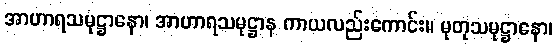
အာဟာရသမုဋ္ဌာနော၊ အာဟာရသမုဋ္ဌာန ကာယလည်းကောင်း။ မုတုသမုဋ္ဌာနော၊